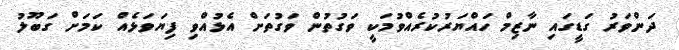
ދަންވަރު ގަޑީގައި ނާޒިމް ހައްޔަރުކުރެއްވުމަކީ ވަގުތުން ވަގުތަށް އެޅުއްވި ފިޔަވަޅެއް ކަމަށް ގަބޫލު